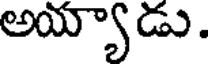
అయ్యాడు.